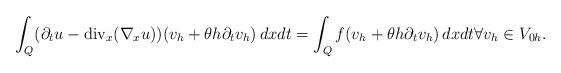
LaTeX: \begin{align*} \int_Q (\partial_t u - \mbox{div}_x(\nabla_x u))(v_h + \theta h \partial_t v_h ) \,dx dt =\int_Q f (v_h + \theta h \partial_t v_h ) \,dx dt \forall v_h \in V_{0h}. \end{align*}